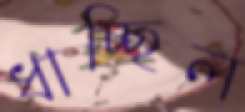
ধাচ্ছিল